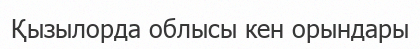
Қызылорда облысы кен орындары